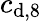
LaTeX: c_{\textup{d,8}}